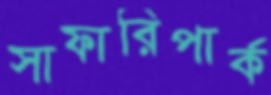
সাফারিপার্ক